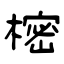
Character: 樒